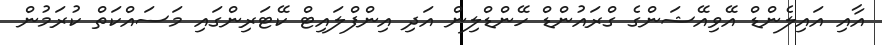
އާއި އައިލެންޑް އޭވިއޭޝަންގެ ގްރައުންޑް ހޭންޑްލިން އަދި އިންފްލައިޓް ކޭޓަރިންގައި މަސައްކަތް ކުރަމުން